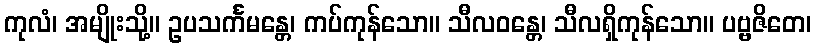
ကုလံ၊ အမျိုးသို့။ ဥပသင်္ကမန္တေ၊ ကပ်ကုန်သော။ သီလဝန္တေ၊ သီလရှိကုန်သော။ ပဗ္ဗဇိတေ၊